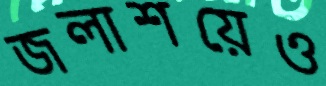
জলাশয়েও